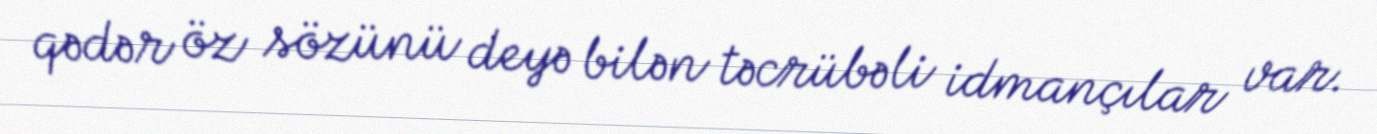
qədər öz sözünü deyə bilən təcrübəli idmançılar var.